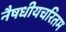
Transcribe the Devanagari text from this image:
नैषधीयचरितम